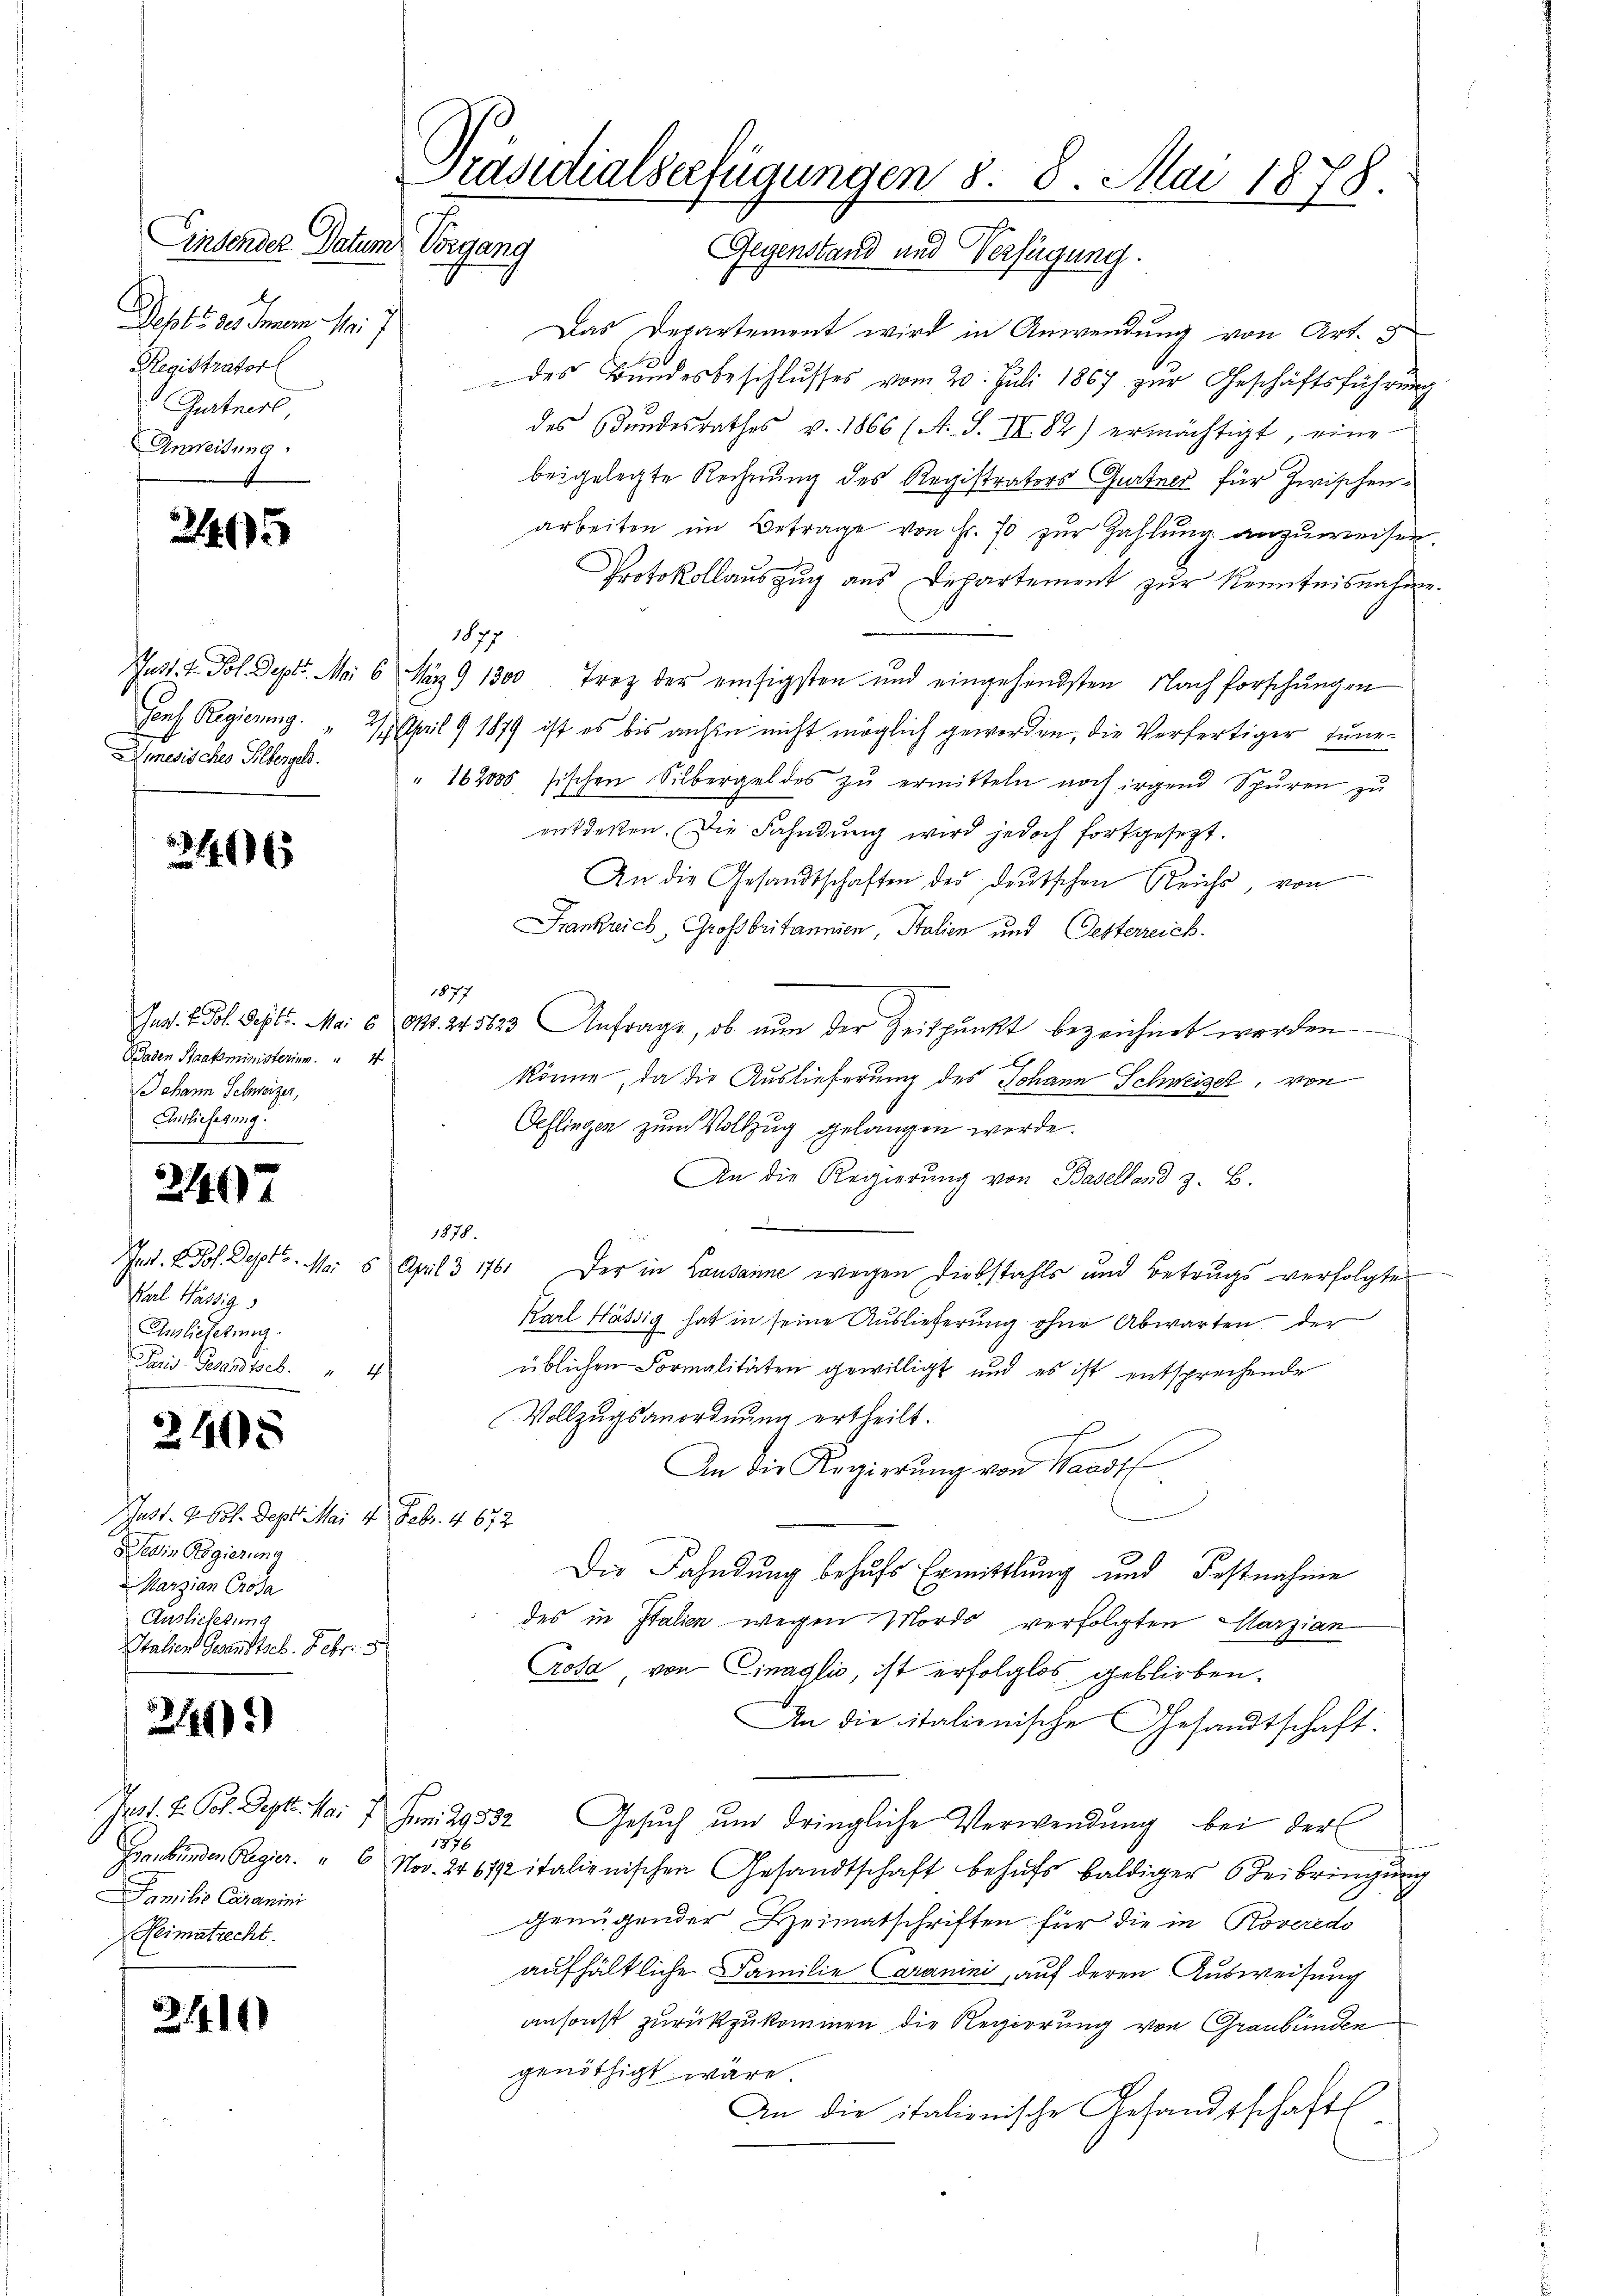
insender Datum Vorgang
Depte des Innern M.
Registrator
Gurtner,
Anweisung

245

1877

246

Baden Staatsministerium. 4
Johann Schweizer,
Anslieferung.

2407

Karl Hässig
Auslieferung.
Paris Gesandtes: " 4

2405

Nust. 260. Sept. Mai 4. Febr. 4672
Dein Regierung
Marzian Croda
Auslieferung
Italien Gesandtsch. Febr.

2443)

Familio Caramini
Reimatrecht.

21416)

Präsidialserfügungen 8. 8. Mai 1878.
Gegenstand und Verfügung.

Das Departement wird in Anwendung von Art.
.
des Bundesbeschlusses vom 20. Juli 1867 zur Geschäftsführung
des Bundesrathes v. 1866 (A. S. III. 82) ermächtigt, eine
beigelegte Rechnung des Registrators Gurtner für Zwischenarbeiten im Betrage von Fr. 70 zur Zahlung anzuweisen.
Protokollauszug aus Departement zur Kenntnisnahme.
Justit. Pol. Sept. Mai 6 März 9 1300 Troz der einfigsten und eingehendsten Nachforschungen
Genf Regierung.  2. April 1879 ist es bis anhin nicht möglich geworden, die Verfertiger June¬
Generisches Silberg. " 12000 sischen Silbergeldes zŭ ermitteln noch irgend Spuren zŭ
entdessen. Die Fahndung wird jedoch fortgesezt.
An die Gesandtschaften der deŭtschen Reichs, von
Frankreich, Großbritannien, Stalien und Oesterreich.
1877
Jur. L. Fol. Sept. Mai 6 Okt. 245823 Anfrage, ob nun der Zeitpunkt bezeichnet worden
b
könne, da die Auslieferung des Johann Schweizer, von
Oeflingen zum Vollzug gelangen werde.
An die Regierŭng von Baselland z. B.
.
Ind. E. Joh. Sept. Mai 8 April 3 176. Der in Lausanne wegen Diebstahls und Betrugs verfolgte
Karl Hässig hat in seine Auslieferung ohne Abwarten der
üblichen Formalitäten gewilligt und es ist entsprechende
Vollzugsanordnung ertheilt.
An die Regierŭng von Waadt
Die Fahndung behufs Ermittlung und Festnahme
des in Italien wegen Mords verfolgten Marzian
Crosa von Cinaglio, ist erfolglos geblieben.
An die italienische Gesandtschaft.
Jass. E. Pol. Sept. Mai 7. Juni 29532. Gesuch und dringliche Verwendung bei der
1876
Graubünden Regier. " 6 Nov. 2461pitalienischen Gesandtschaft behŭfs baldiger Beibringŭng
genügender Heimatschriften für die in Roveredo
aufhältliche Familie Caranini, auf deren Ausweisung
ansonst zurückzukommen die Regierung von Graubünden
genöthigt wäre.
An die italienische Gesandtschaft

1878.